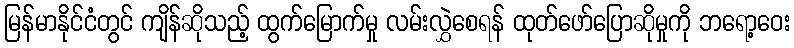
မြန်မာနိုင်ငံတွင် ကျိန်ဆိုသည့် ထွက်မြောက်မှု လမ်းလွှဲစေရန် ထုတ်ဖော်ပြောဆိုမှုကို ဘရော့ဝေး